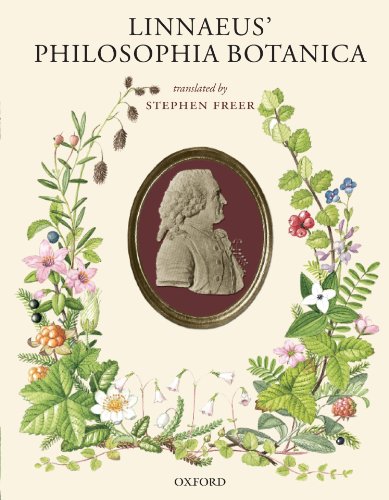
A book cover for Linnaeus' Philosophia Botanica; Carl Linnaeus; Science & Math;